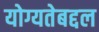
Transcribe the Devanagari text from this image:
योग्यतेबद्दल